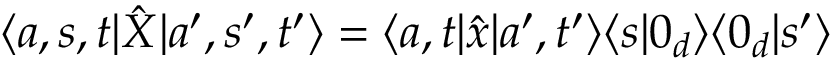
\langle a , s , t | \hat { X } | a ^ { \prime } , s ^ { \prime } , t ^ { \prime } \rangle = \langle a , t | \hat { x } | a ^ { \prime } , t ^ { \prime } \rangle \langle s | 0 _ { d } \rangle \langle 0 _ { d } | s ^ { \prime } \rangle